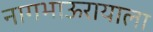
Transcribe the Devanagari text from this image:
नागभाऊरायाला